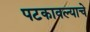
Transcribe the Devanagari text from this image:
पटकावल्याचे